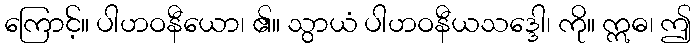
ကြောင့်။ ပါဟဝနီယော၊ ၏။ သွာယံ ပါဟဝနီယသဒ္ဒေါ၊ ကို။ ဣဓ၊ ဤ